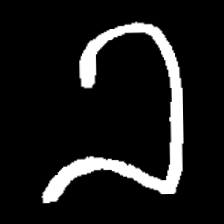
Pyu character \u2014 Myanmar letter: ခ (romanized: kha)